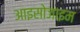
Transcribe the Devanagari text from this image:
आइसोजाइम